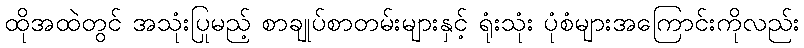
ထိုအထဲတွင် အသုံးပြုမည့် စာချုပ်စာတမ်းများနှင့် ရုံးသုံး ပုံစံများအကြောင်းကိုလည်း